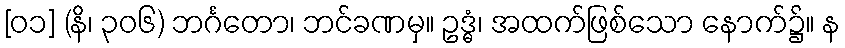
[၀၁] (နိ၊ ၃၀၆) ဘင်္ဂတော၊ ဘင်ခဏမှ။ ဥဒ္ဓံ၊ အထက်ဖြစ်သော နောက်၌။ န